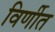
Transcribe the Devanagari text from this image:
विर्णीत